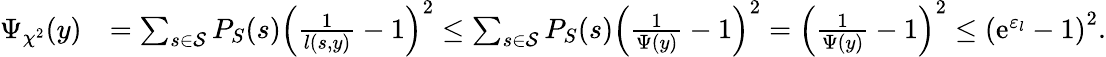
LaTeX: \begin{array}{rl}{\Psi_{\chi^{2}}(y)}&{=\sum_{s\in\mathcal{S}}P_{S}(s)\left(\frac{1}{l(s,y)}-1\right)^{2}\leq\sum_{s\in\mathcal{S}}P_{S}(s)\left(\frac{1}{\Psi(y)}-1\right)^{2}=\left(\frac{1}{\Psi(y)}-1\right)^{2}\leq\left(\mathrm{e}^{\varepsilon_{l}}-1\right)^{2}.}\end{array}